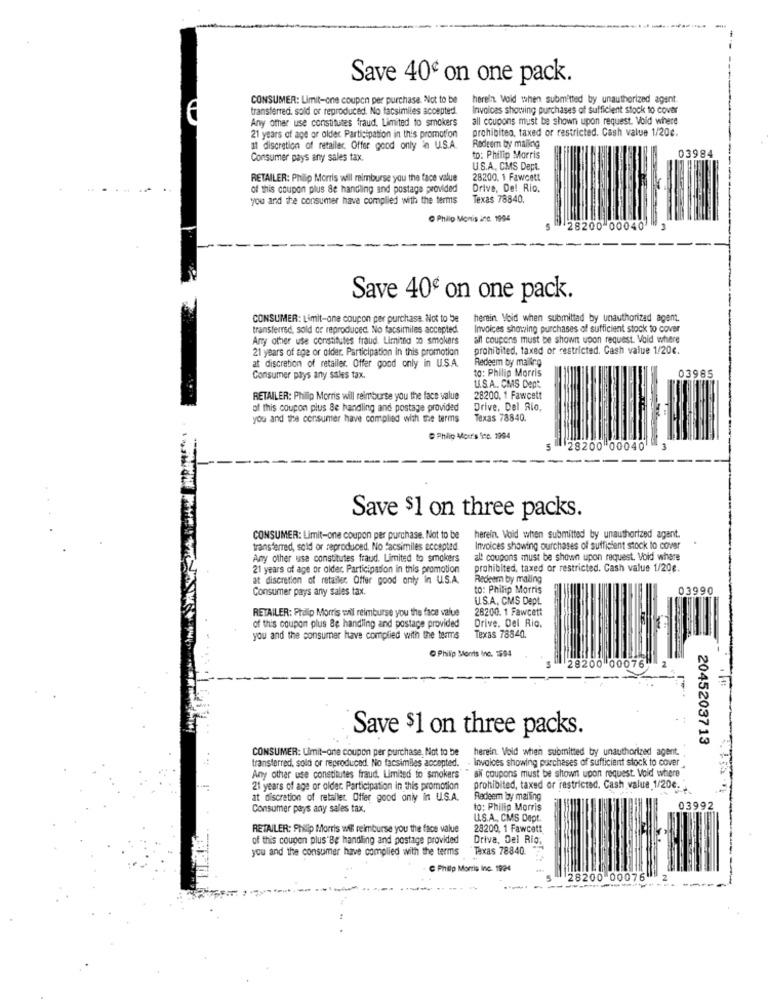
---- -
Save 40º on one pack.
CONSUMER: Limit-one coupon per purchase. Not to be
herein. Void when submitted by unauthorized agent
transferred. sold or reproduced. No facsimiles accepted
Invoices showing purchases of sufficient stock to cover
Any other use constitutes fraud. Limited to smokers
all coupons must be shown upon request. Void where
prohibited, taxed or restricted. Cash value 1/20c.
21 years of age or older Participation in this promotion
at discretion of retailer Offer good only in U.S.A.
Rodeem by mailing
03984
Consumer pays any sales tax.
to: Philip Morris
U.S.A, CMS Dept.
RETAILER: Philip Morris will reimburse you the face value
28200. 1 Fawcett
of this coupon plus Se handling and postage provided
Drive, De! Rio.
you and the consumer have complied with the terms
Texas 78840.
Philip Monis inc. 1994
28200 00040
Save 40º on one pack.
CONSUMER: Limit-one coupon per purchase. Not to be
herein. Void when submitted by unauthorized agent.
transferred, sold or reproduced. No facsimiles accepted.
Invoices showing purchases of sufficient stock to cover
Any other use constitutes fraud. Limited to smokers
all coupons must be shown upon request. Void where
21 years of age or older. Participation in this promotion
prohibited, taxed or restricted. Cash value 1/20€.
Redeem by mailro
at discretion of retailer. Offer good only in U.S.A.
Consumer pays any sales tax.
to: Philip Morris
03985
U.S.A. CMS Dept.
RETAILER: Philip Morris will reimburse you the face value
28200. 1 Fawcett
of this coupon plus Se handling and postage provided
Drive, Del Rio,
you and the consumer have complied with the terms
Texas 78840.
Philip Morr's Sec. 1994
5
28200 00040
Save $1 on three packs.
....
CONSUMER: Limit-one coupon per purchase. Not to be
herein. Void when submitted by unauthorized agant.
transferred, sold or reproduced. No facsimiles accepted.
Invoices showing purchases of sufficient stock to cover
Any other use constitutes fraud. Limited to smokers
alt coupons must be shown upon request. Vold where
21 years of age or older. Participation in this promotion
prohibited, taxed or restricted. Cash value 1/20€.
at discretion of retailer Offer good only In U.S.A.
Redeem by maling
Consumer pays any sales tax.
to: Philip Morris
03990
U.S.A, CMS Dept.
28200. 1 Fawcett
RETAILER: Prolip Morris will reimburse you the face value
of this coupon plus Be handling and postage provided
Drive, Del Rio.
you and the consumer have complied with the terms
Texas 78840.
Phillip Morris Inc. 1594
28200 00076
Save $1 on three packs.
2045203713
CONSUMER: Limit-one coupon per purchase, Not to be
herein. Void when submitted by unauthorized agent. .
transferred, sold or reproduced. No facsimiles accepted.
. Invalces showing purchases of sufficient stock to cover ,
aif coupons must be shown upon request. Vold where"
Any other use constitutes fraud. Limited to smokers
21 years of age or older Participation in this promotion
prohibited, taxed or restricted. Cash value,1/206-
at discretion of retaller. Offer good only in U.S.A.
Redeem by mailing
Consumer pays any sales tax.
to: Philip Morris
03992
U.S.A ., CMS Dept.
RETAILER: Philip Morris wil reimburse you the face value
28200, 1 Fawcett
of this coupon plus"Be handling and postage provided
Driva, Del Rio.
you and the consumer have complied with the terms
Texas 78840.
C Philip Morris Inc. 1924
28200 00076
2